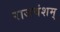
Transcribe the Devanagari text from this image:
राजवंशम्